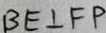
B E \bot F P